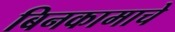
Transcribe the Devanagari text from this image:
बिनकामाचे